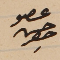
عضو حسن حصِر